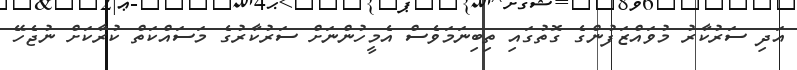
އަދި ސަރުކާރު މުވައްޒަފުންގެ ގޮތުގައި ތިބިނަމަވެސް އެމީހުންނަށް ސަރުކާރުގެ މަސައްކަތް ކުރާކަށް ނުޖެހޭ